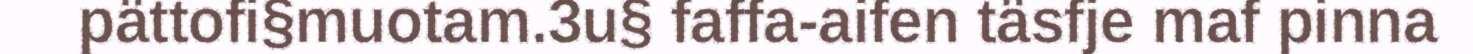
pättofi§muotam.3u§ faffa-aifen täsfje maf pinna